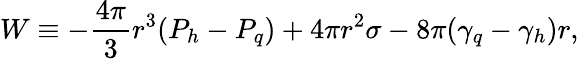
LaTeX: W\equiv-\frac{4\pi}{3}r^{3}(P_{h}-P_{q})+4\pi r^{2}\sigma-8\pi(\gamma_{q}-\gamma_{h})r,